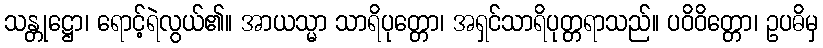
သန္တုဋ္ဌော၊ ရောင့်ရဲလွယ်၏။ အာယသ္မာ သာရိပုတ္တော၊ အရှင်သာရိပုတ္တရာသည်။ ပဝိဝိတ္တော၊ ဥပဓိမှ